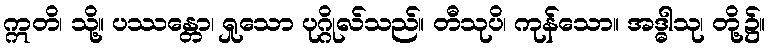
ဣတိ၊ သို့။ ပဿန္တော၊ ရှုသော ပုဂ္ဂိုလ်သည်။ တီသုပိ၊ ကုန်သော။ အဒ္ဓါသု၊ တို့၌။